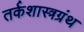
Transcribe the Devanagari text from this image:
तर्कशास्त्रग्रंथ